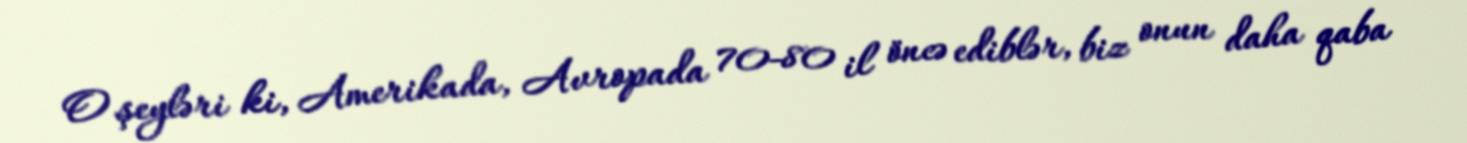
O şeyləri ki, Amerikada, Avropada 70-80 il öncə ediblər, biz onun daha qaba